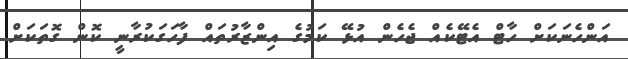
އަންހެނަކަށް ހާޓް އެޓޭކެއް ޖެހެން އުޅޭ ކަމުގެ އިންޒާރުތައް ފާހަގަކުރާނީ ކޮން ގޮތަކަށް